Scottish Leaving Certificate Examination, 1958
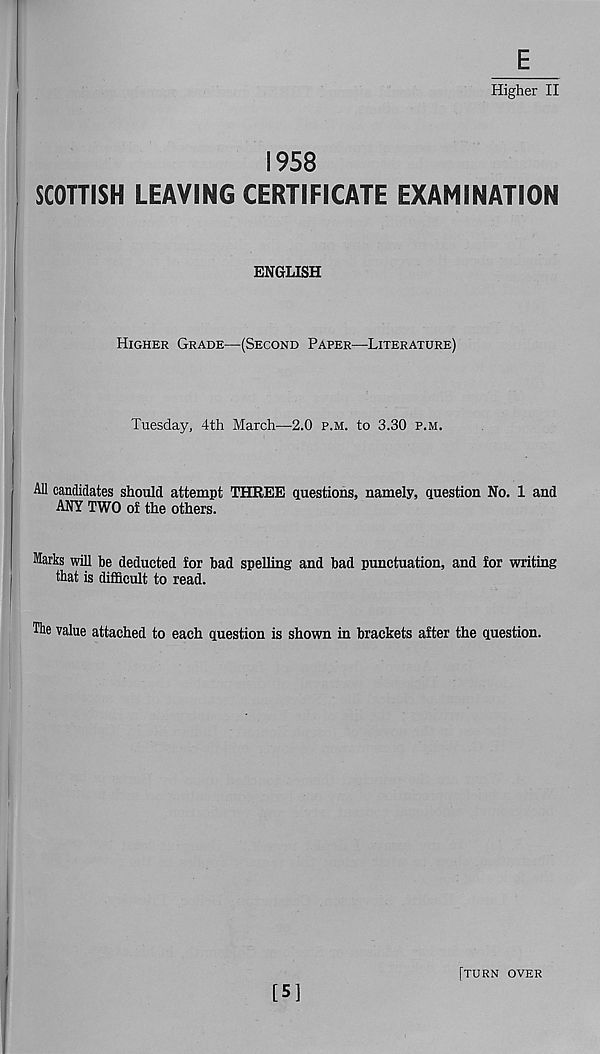
E
Higher II
1958
SCOTTISH LEAVING CERTIFICATE EXAMINATION
ENGLISH
HIGHER GRADE—(SECOND PAPER—LITERATURE)
Tuesday, 4th March—2.0 P.M. to 3.30 P.M.
All candidates should attempt THREE questions, namely, question No. 1 and
ANY TWO of the others.
Marks will be deducted for bad spelling and bad punctuation, and for writing
that is difficult to read.
The value attached to each question is shown in brackets after the question.
[5]
[TURN OVER